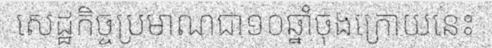
សេដ្ឋកិច្ចប្រមាណជា១០ឆ្នាំចុងក្រោយនេះ